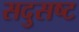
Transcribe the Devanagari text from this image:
सदुसष्ट